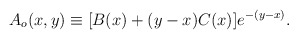
\begin{align*}A_o(x,y)\equiv[B(x)+(y-x)C(x)]e^{-(y-x)}.\end{align*}